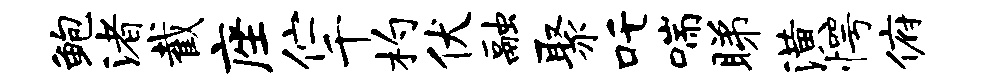
鲍渚截座伫千杓伏融聚吒喘睇潢愕俯